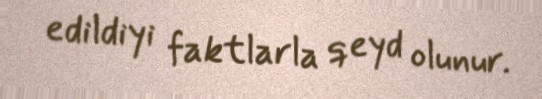
edildiyi faktlarla qeyd olunur.